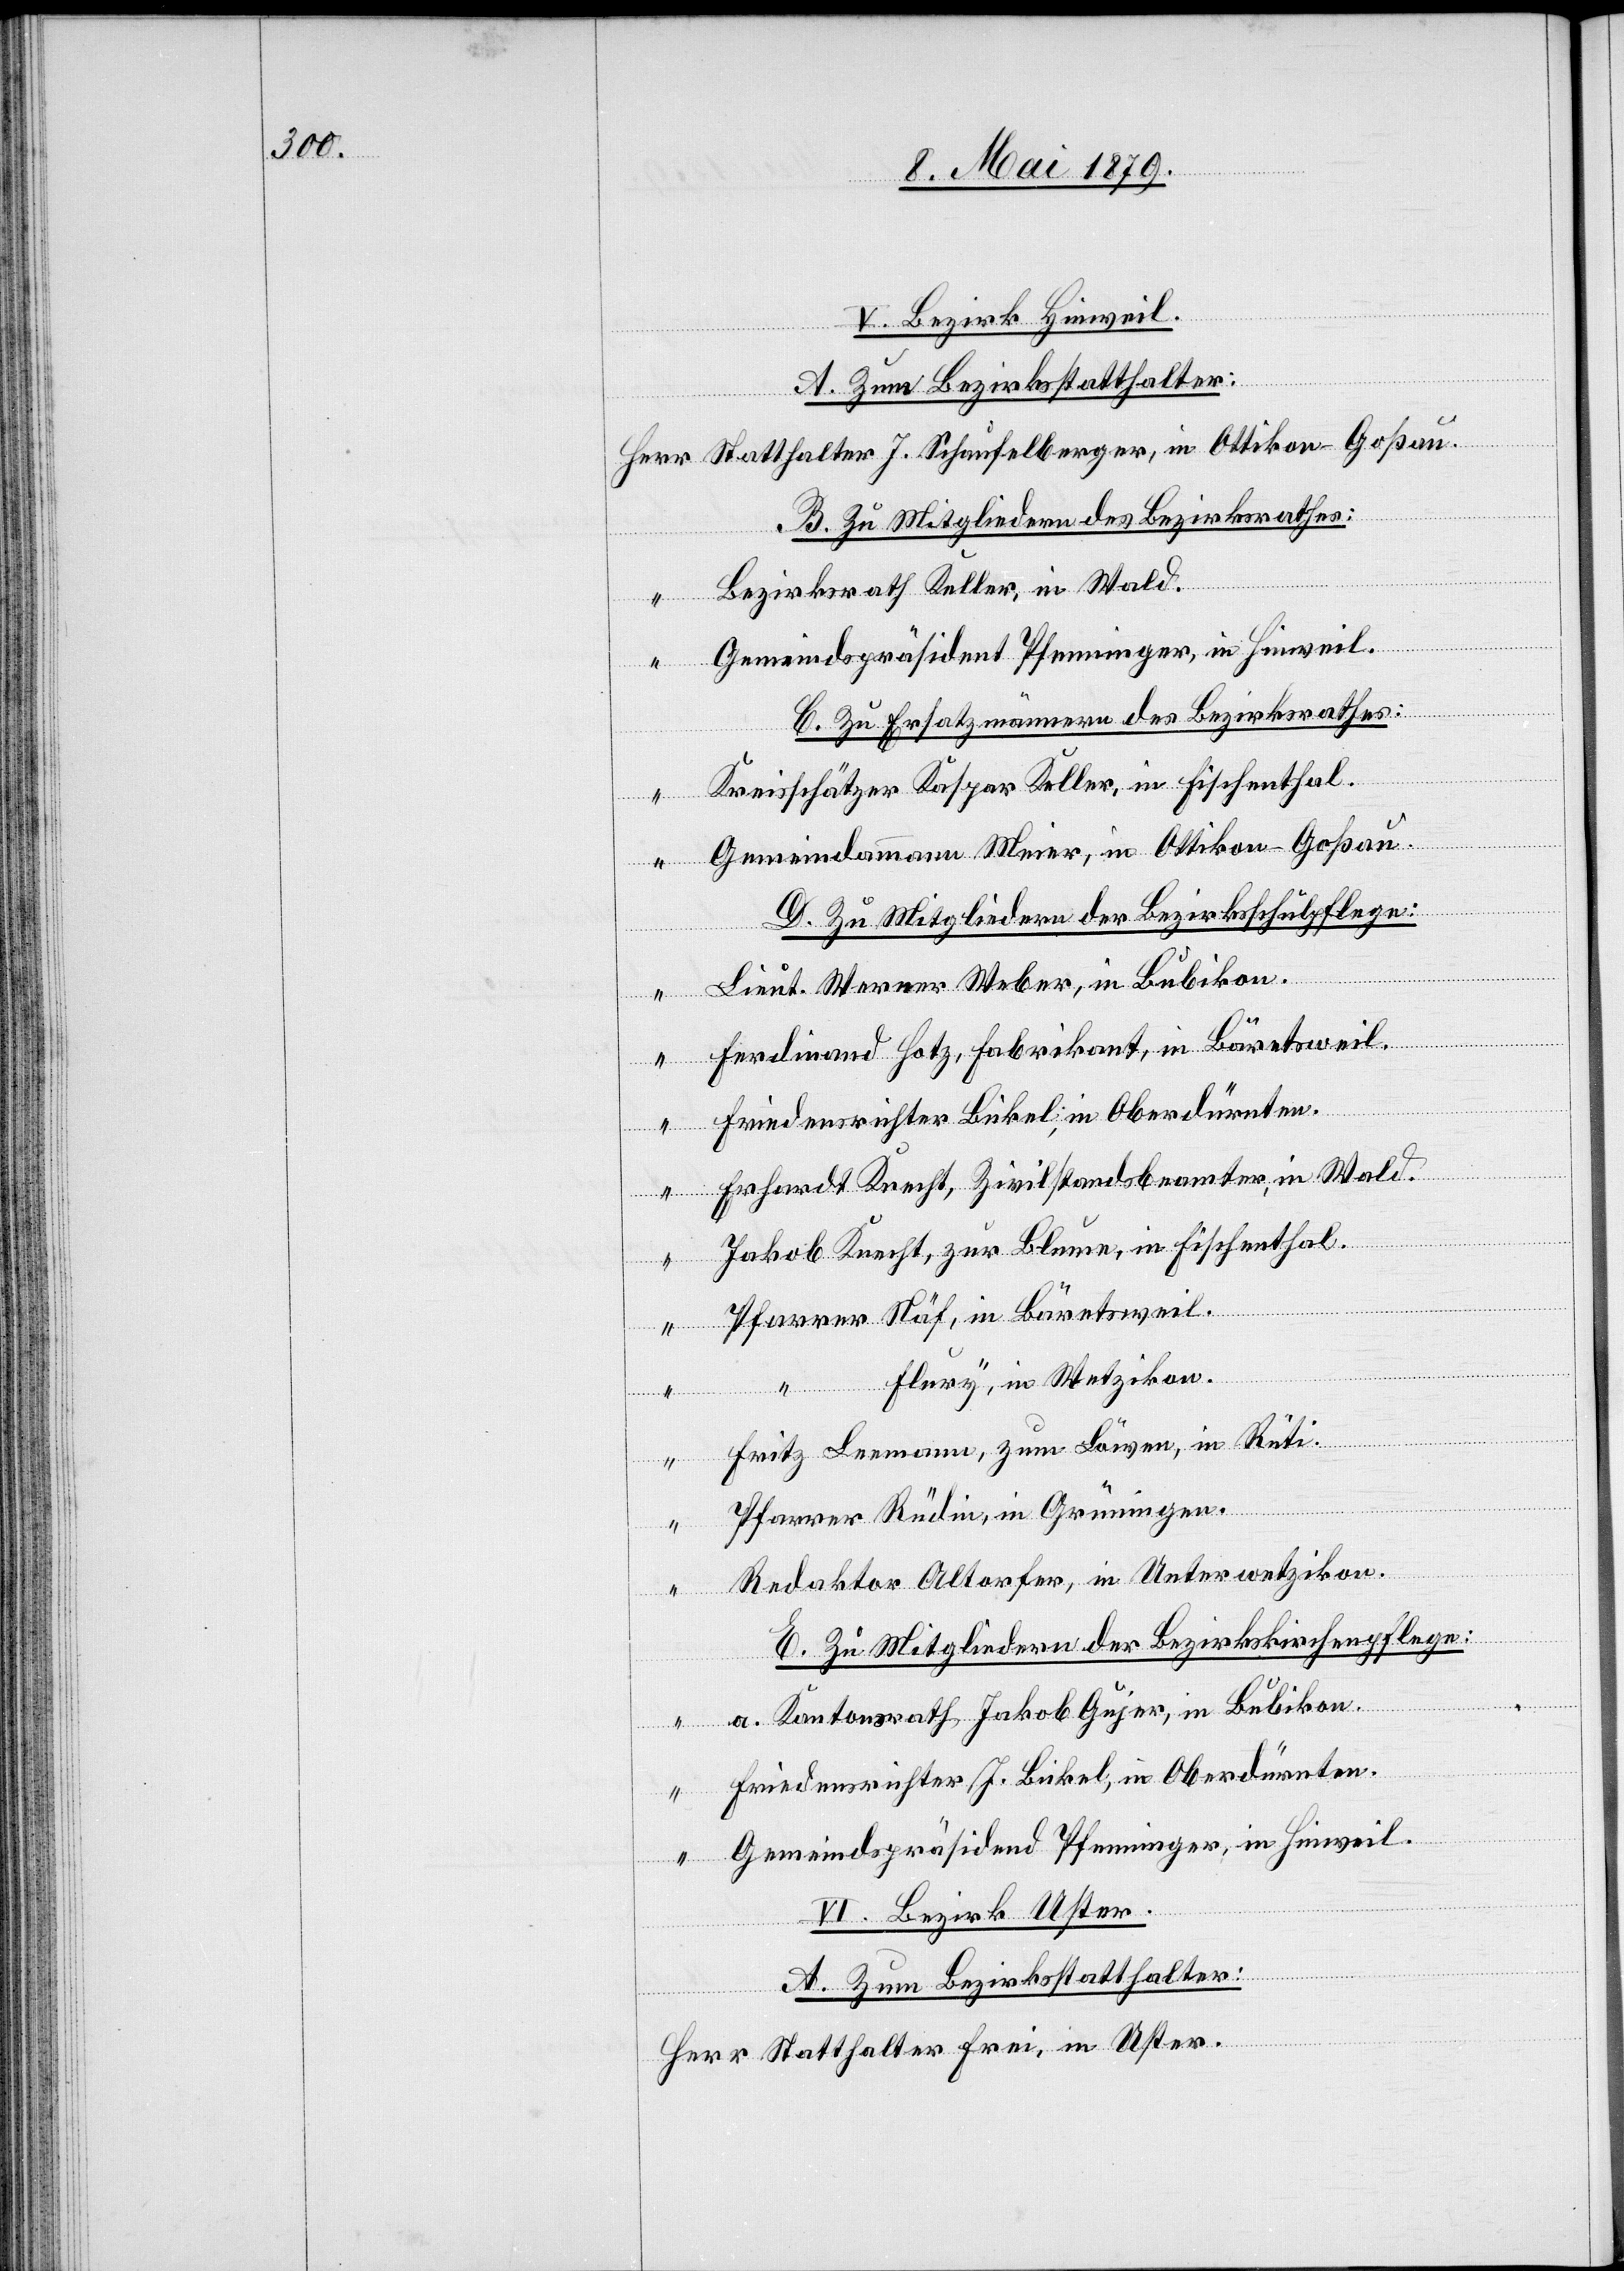
V. Bezirk Hinweil.
B. Zu Mitgliedern des Bezirksrathes:
Bezirksrath Keller, in Wald.
Frei, in
“
Gemeindspräsident Pfenninger, in Hinweil.
C. Zu Ersatzmännern des Bezirksrathes:
Kreisschätzer Kaspar Keller, in Fischenthal.
“
Gemeindammann Meier, in Ottikon - Goßau.
D. Zu Mitgliedern der Bezirksschulpflege:
Lieut. Werner Weber, in Bubikon.
Ferdinand Hotz, Fabrikant, in Bäretsweil.
Friedensrichter Bickel, in Oberdürnten.
Erhardt Knecht, Zivilstandsbeamter, in Wald.
- Goßau.
Jakob Knecht, zur Blume, in Fischenthal.
Pfarrer Näf, in Bärentsweil.
in
Flury, in Wetzikon.
Fritz Leemann, zum Löwen, in Rüti.
Pfarrer Rüdin, in Grüningen.
Redaktor Altorfer, in Unterwetzikon.
E. Zu Mitgliedern der Bezirkskirchenpflege:
a. Kantonsrath Jakob Gujer, in Bubikon.
“
Friedensrichter J. Bickel, in Oberdürnten.
Gemeindspräsidend [sic!] Pfenninger, in Hinweil.
VI. Bezirk Uster.
A. Zum Bezirksstatthalter: